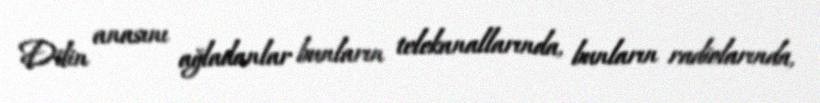
Dilin anasını ağladanlar bunların telekanallarında, bunların radiolarında,